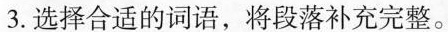
3.选择合适的词语，将段落补充完整。